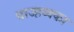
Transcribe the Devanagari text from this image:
वाज्हय्क्का